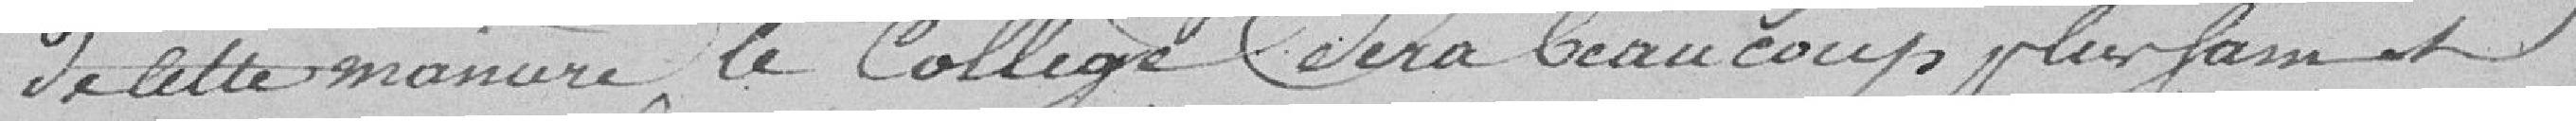
De cette manière, le Collège sera beaucoup plus sain et